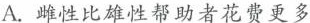
A.雌性比雄性都助者花费更多